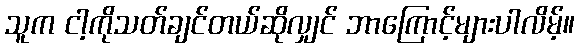
သူက ငါ့ကိုသတ်ချင်တယ်ဆိုလျှင် ဘာကြောင့်များပါလိမ့်။